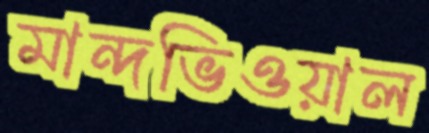
মান্দভিওয়াল